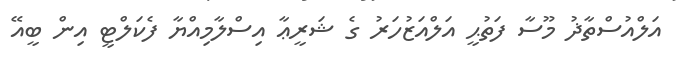
އަލްއުސްތާޛު މޫސާ ފަތުޙީ އަލްއަޒުހަރު ގެ ޝަރީޢާ އިސްލާމިއްޔާ ފެކަލްޓީ އިން ބީއޭ